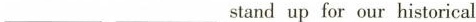
___ ___ stand up for our historical